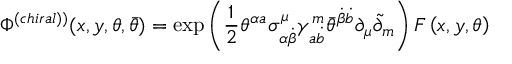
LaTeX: \Phi ^ { \left( c h i r a l ) \right) } ( x , y , \theta , \bar { \theta } ) = \exp \left( \frac 1 2 \theta ^ { \alpha a } \sigma _ { \alpha \dot { \beta } } ^ { \mu } \gamma _ { a \dot { b } } ^ { m } \bar { \theta } ^ { \dot { \beta } \dot { b } } \partial _ { \mu } \tilde { \partial } _ { m } \right) F \left( x , y , \theta \right)